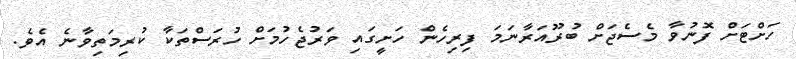
ހަށްޓަށް ފޮނުވާ މެސެޖަށް ބުރޫއަރާނަމަ ފިރިހެން ހަށީގައި ވަރުޖެހުމަށް ހުރަސްތަކާ ކުރިމަތިވާނެ އެވެ.